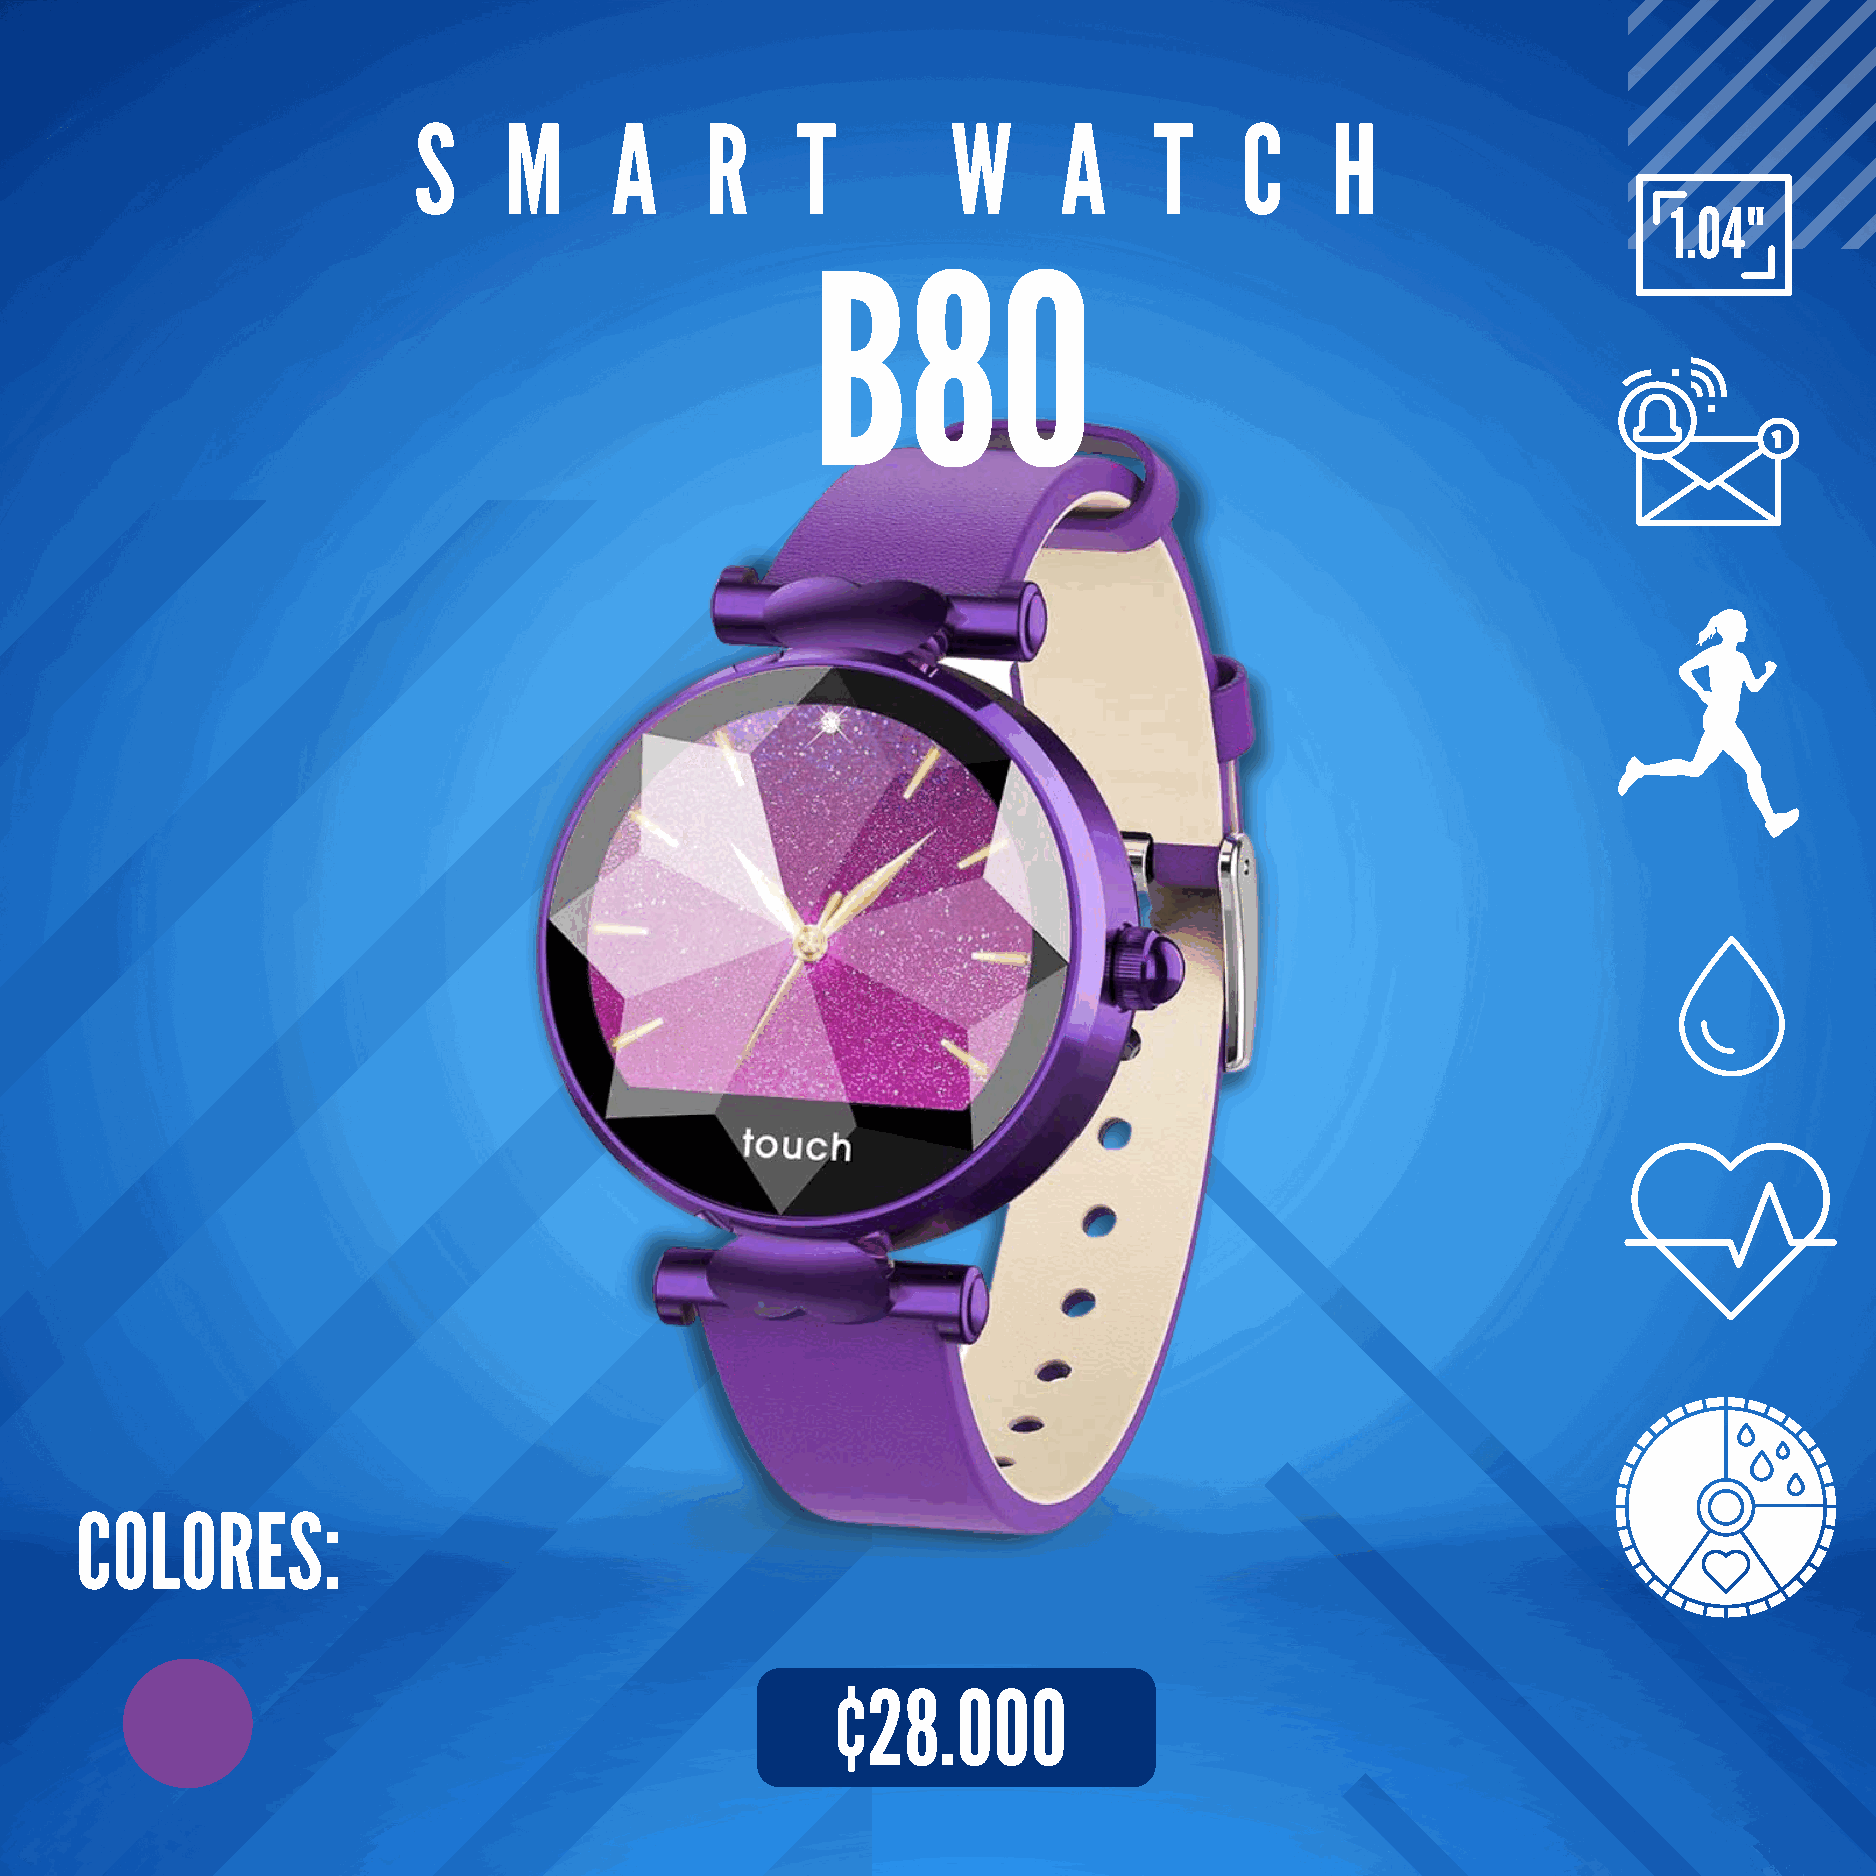
S     M      A      R     T         W      A     T     C     H
 1.04"
 B80
 COLORES:
 ¢28.000